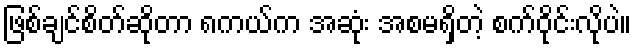
ဖြစ်ချင်စိတ်ဆိုတာ ၈ကယ်က အဆုံး အစမရှိတဲ့ စက်ဝိုင်းလိုပဲ။